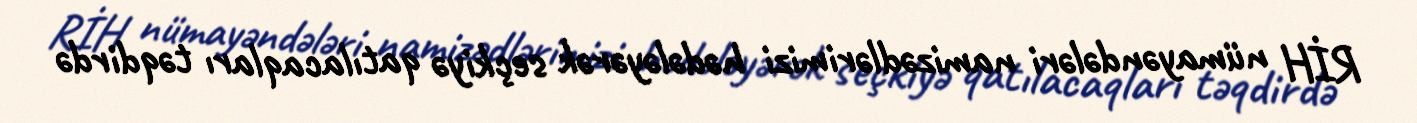
RİH nümayəndələri namizədlərimizi hədələyərək seçkiyə qatılacaqları təqdirdə